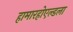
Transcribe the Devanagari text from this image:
हामारहोएल्डला